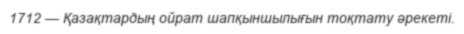
1712 — Қазақтардың ойрат шапқыншылығын тоқтату әрекеті.